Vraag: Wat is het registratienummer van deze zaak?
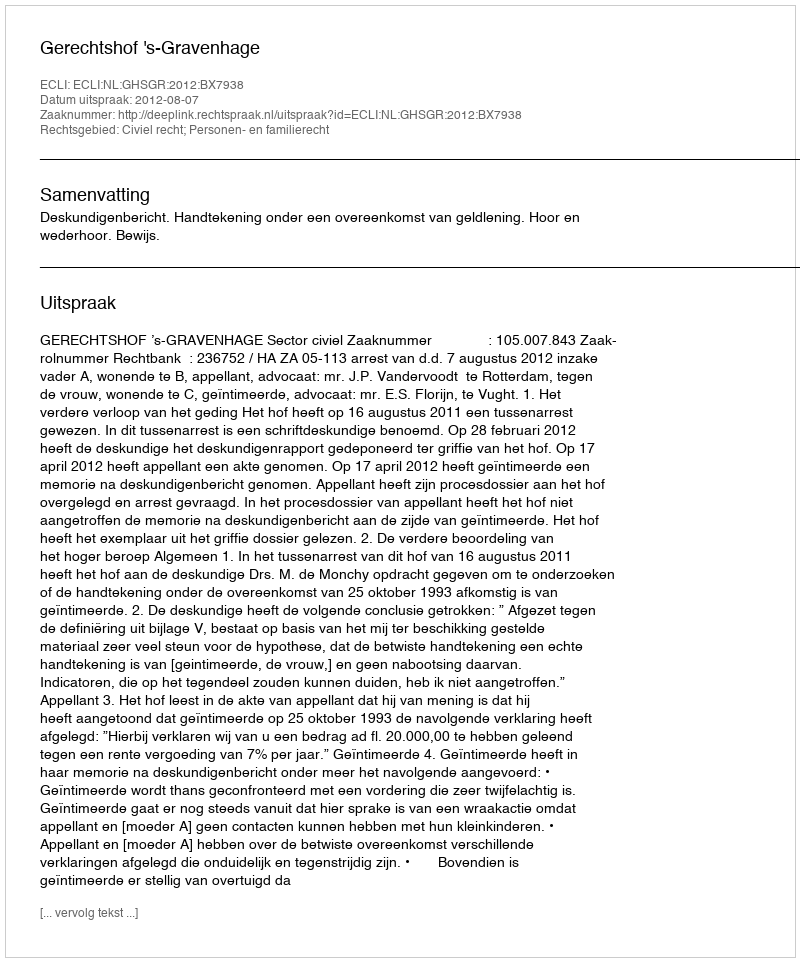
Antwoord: http://deeplink.rechtspraak.nl/uitspraak?id=ECLI:NL:GHSGR:2012:BX7938